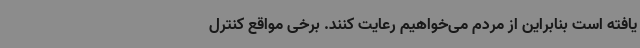
یافته است بنابراین از مردم می‌خواهیم رعایت کنند. برخی مواقع کنترل